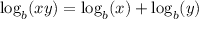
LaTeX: \log _ { b } ( x y ) = \log _ { b } ( x ) + \log _ { b } ( y )